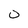
Character: 0